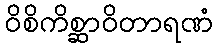
ဝိစိကိစ္ဆာဝိတာရဏံ